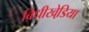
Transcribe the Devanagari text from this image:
बिधीखेडि़या